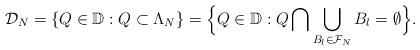
LaTeX: \begin{align*} \mathcal{D}_N = \{Q\in\mathbb{D}: Q\subset \Lambda_N \} = \Big\{Q\in\mathbb{D}: Q \bigcap \bigcup_{B_l\in \mathcal{F}_N} B_l = \emptyset\Big\}. \end{align*}